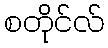
စတိုင်လ်